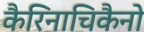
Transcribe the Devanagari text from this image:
कैरिनाचिकैनो